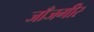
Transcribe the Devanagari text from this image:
जाँजगीर